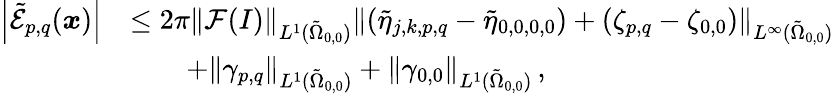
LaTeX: \begin{array}{rl}{\left\vert\tilde{\mathcal{E}}_{p,q}(\boldsymbol{x})\right\vert}&{\leq 2\pi\left\| \mathcal{F}(I)\right\| _{L^{1}(\tilde{\Omega}_{0,0})}\left\| (\tilde{\eta}_{j,k,p,q}-\tilde{\eta}_{0,0,0,0})+(\zeta_{p,q}-\zeta_{0,0})\right\| _{L^{\infty}(\tilde{\Omega}_{0,0})}}\\ &{\qquad+\left\| \gamma_{p,q}\right\| _{L^{1}(\tilde{\Omega}_{0,0})}+\left\| \gamma_{0,0}\right\| _{L^{1}(\tilde{\Omega}_{0,0})}\, ,}\end{array}